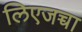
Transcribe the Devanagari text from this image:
लिएजच्चा